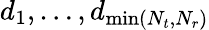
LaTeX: d_{1},\ldots,d_{\operatorname*{min}(N_{t},N_{r})}